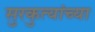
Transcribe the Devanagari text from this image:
सुरकुत्यांच्या